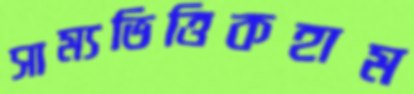
সাম্যভিত্তিকহাম